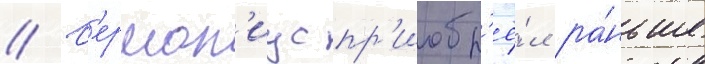
// Г'ермон'иус пр'иобр'ё́л ра́ньше